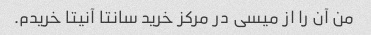
من آن را از میسی در مرکز خرید سانتا آنیتا خریدم.